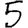
Digit: 5